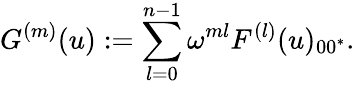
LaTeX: G^{(m)}(u):=\sum_{l=0}^{n-1}\omega^{ml}F^{(l)}(u)_{00^{*}}.